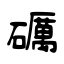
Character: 礪